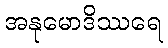
အနုမောဒိဿရေ